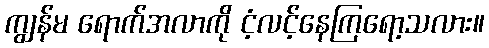
ကျွန်မ ရောက်အလာကို ငံ့လင့်နေကြရော့သလား။